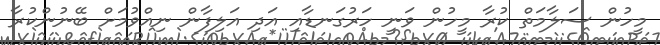
މީހުން ސަލާމަތް ކުރާ މީހުން ވަނީ ހަރުގަނޑާއި އަދި އަލިފާން ނިއްވުމަށް ބޭނުންކުރާ